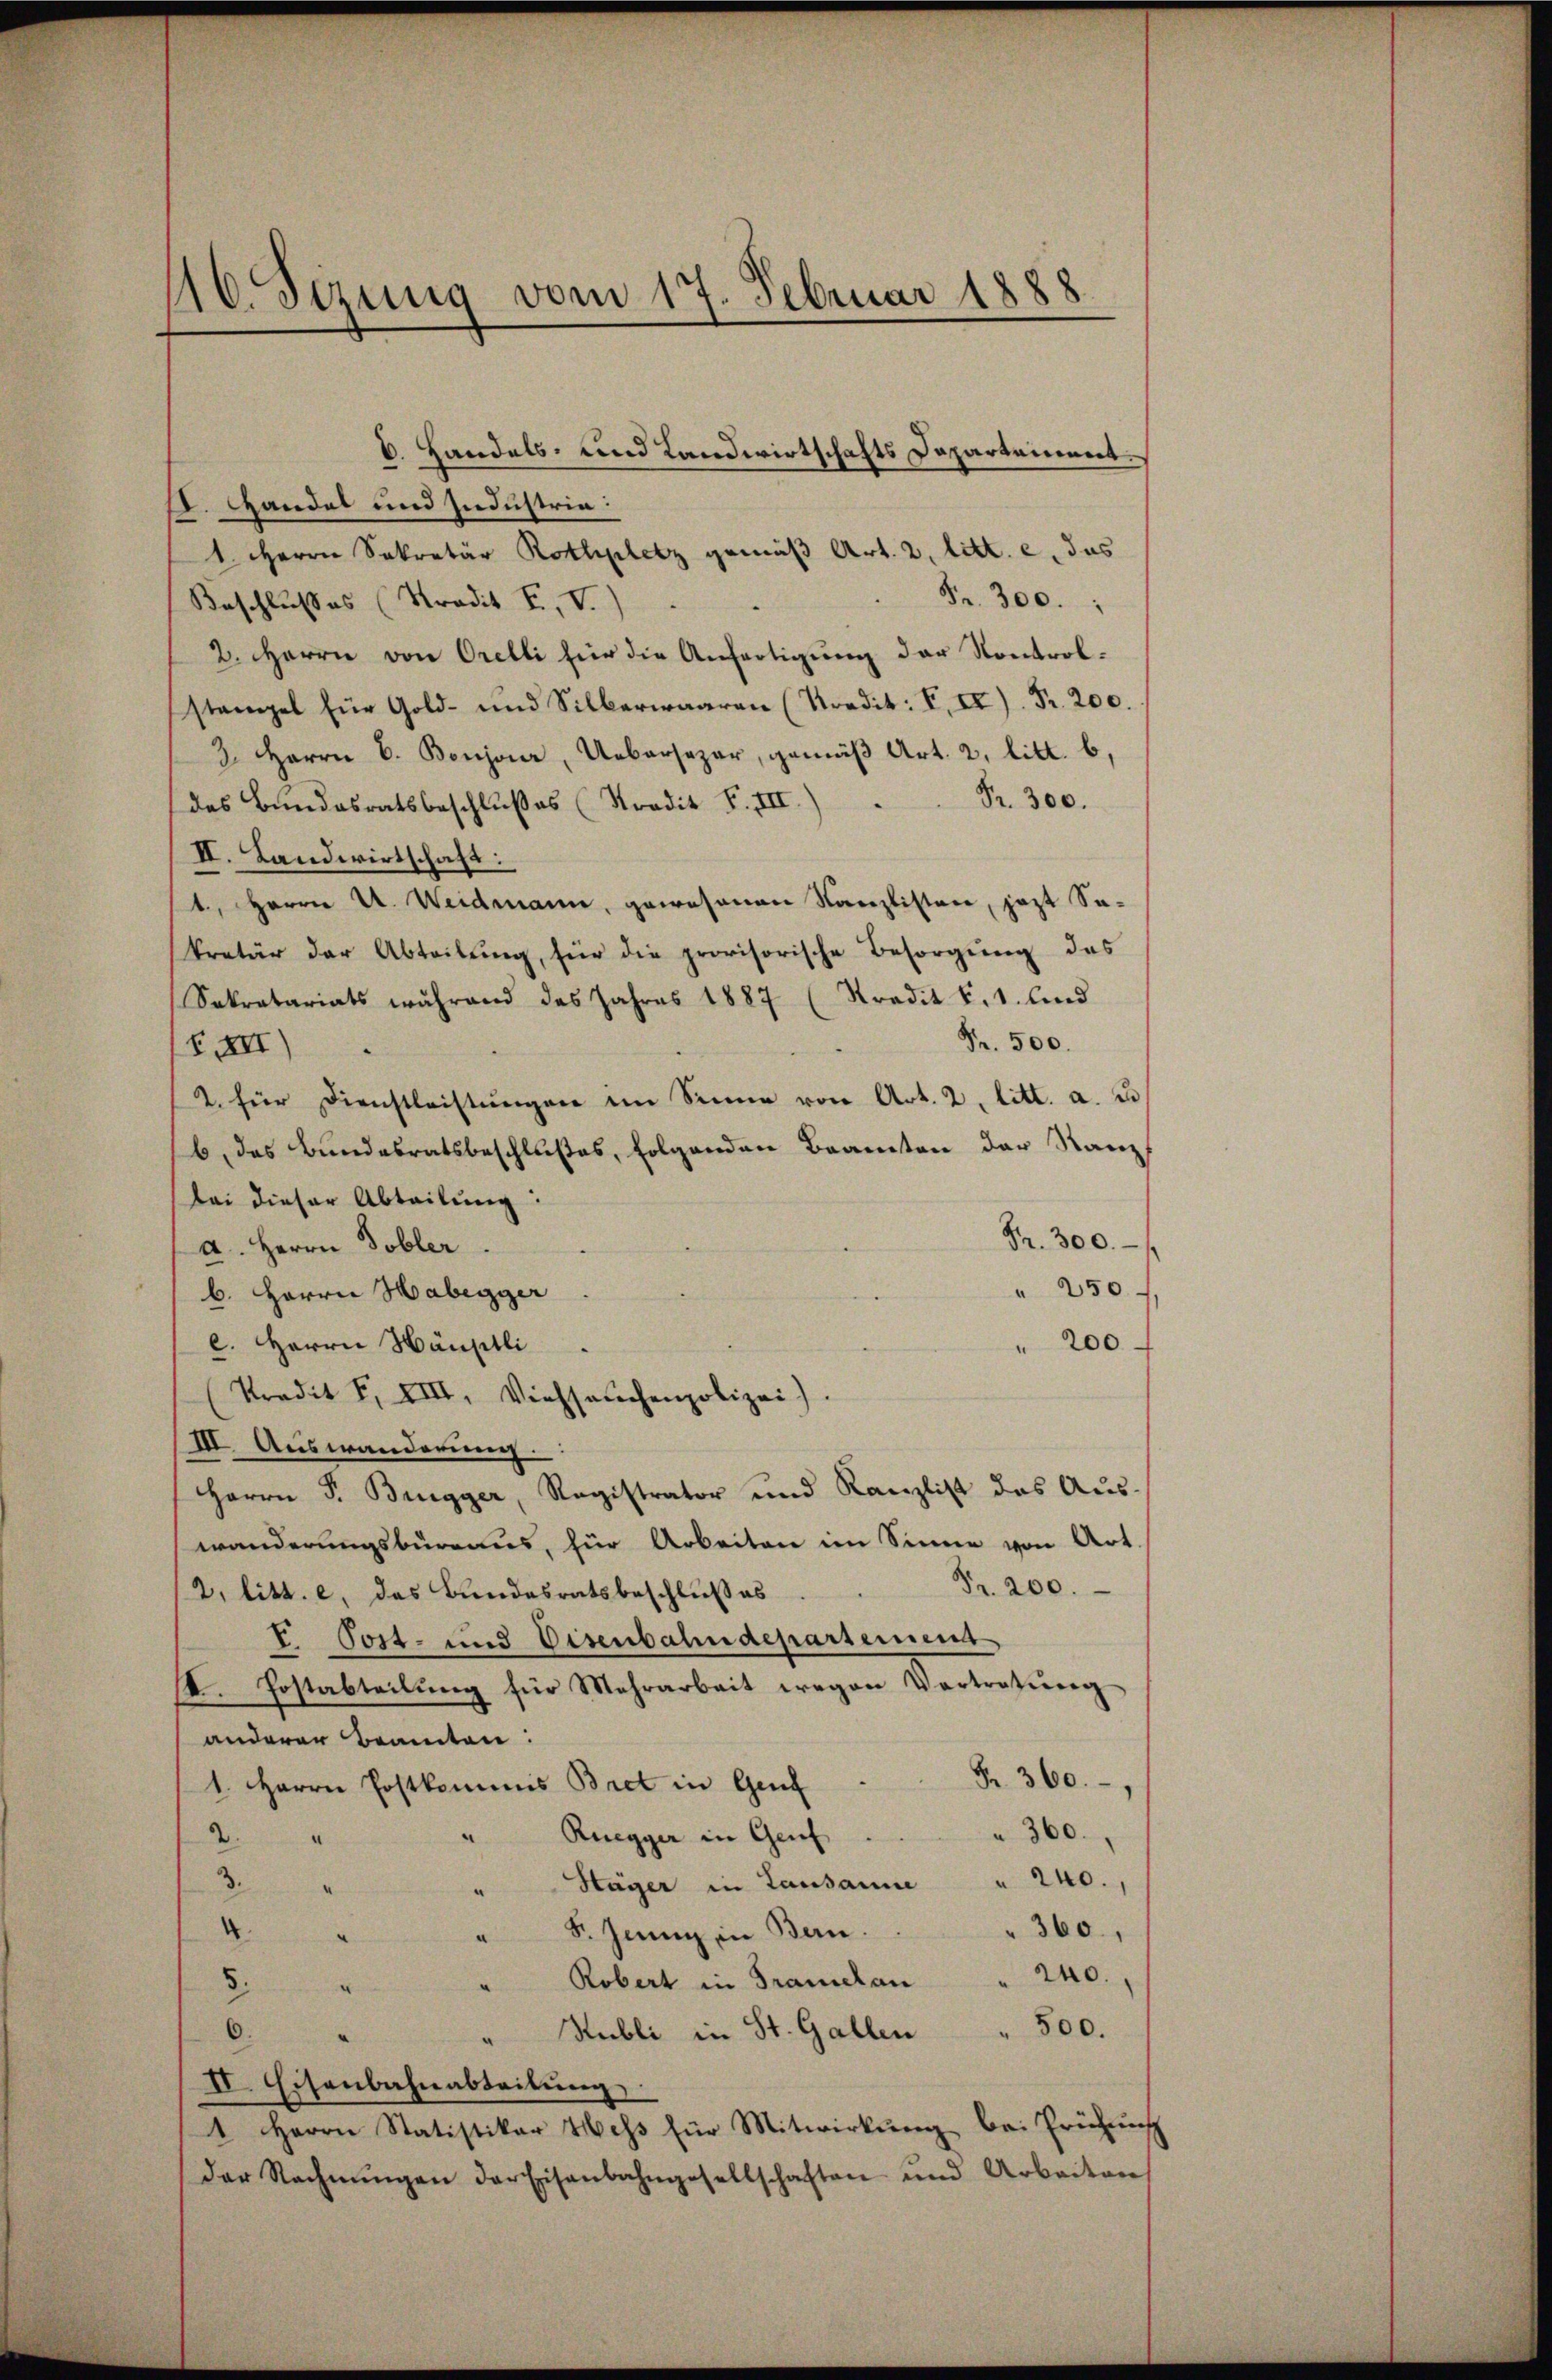
II. Handat und Industria:
1. Herrn Sekretär Rothplatz gemäß Art. 2, litt. e, das
Fr. 300.
Beschlusses (Stradit F. V.
2. Herrn von Orelli für die Anfertigŭng der Kontrolstampel für Gold- und Silberwaaren (Kredit: F. II). Fr. 200.
2. Herrn C. Bonjoier, Uebersezer, gemäβ Art. 2, litt. b,
das Bŭndesratsbeschlŭβes (Stradit F. III.) " Fr. 300.
II. Landwirtschaft:
1., Herrn A. Weidmann, gewesenen Kanzlisten, jezt Sakretär der Abteilŭng, für die provisorische Besorgŭng des
Sekretariats während des Jahres 1887 (Stradit §. 1. und
Fr. 500.
XII
2. für Dienstleistŭngen im Sinne von Art. 2. litt. a. u
b. das Bundesratsbeschlußes, folgenden Beamten der Ranz
Bei dieser Abteilung:
Fr. 300. 1
a. Herrn Tobler
" 250
b. Herrn Haberger
l. Herrn Häuptli
 200
Predit F. XIII, Viehseuchenpolizei).
III. Auswanderung.
Herrn J. Bregger, Registrator und Kanzlist das Auswanderungsbureaus, für Arbeiten im Sinne von Art.
Fr. 200.
2. litt. e, das Bundesratsbeschlußes
V. Post- und Eisenbahndepartement
II. Postabteilŭng für Mehrarbeit wegen Vortretŭng
anderer Beamten:
Fr. 360.
1. Herrn Postkommis Bret in Genf
 360.
Ruegger in Genf
2.
.
Stäger in Lausanne " 240.
.
4
 360,
8. Juni in Bern.
a
240.
5.
Robert in Tramelan
.
Hubli in St. Gallen " 500.
II. Eisenbahnabteilung
1 Herrn Statistikar Hess für Mitwirkung bei Frühung
der Rechnŭngen der Eisenbahngesellschaften und Arbeiten

16. Sezung vom 17. Februar 1888

C. Handels- und Landwirtschafts Departement.